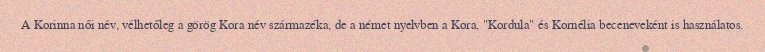
A Korinna női név, vélhetőleg a görög Kora név származéka, de a német nyelvben a Kora, "Kordula" és Kornélia beceneveként is használatos.